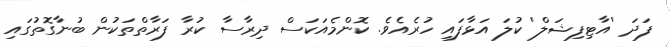
ފަދަ 'އާޓިފިޝަލް' ކުލަ އަޅާފައި ހުރެއެވެ. ކޮންމެއަކަސް ދިރާސާ ކުރާ ފަރާތްތަކުން ބުނާގޮތުގައި